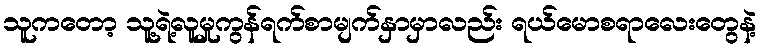
သူကတော့ သူ့ရဲ့လူမှုကွန်ရက်စာမျက်နှာမှာလည်း ရယ်မောစရာလေးတွေနဲ့